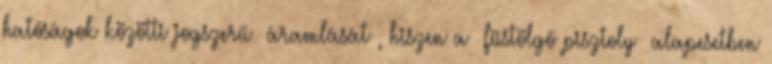
hatóságok közötti jogszerű áramlását, hiszen a füstölgő pisztoly alapesetben